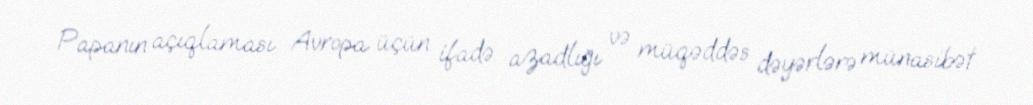
Papanın açıqlaması Avropa üçün ifadə azadlığı və müqəddəs dəyərlərə münasibət